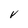
Character: V